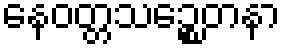
နေဝတ္တသဉ္စေတနာ